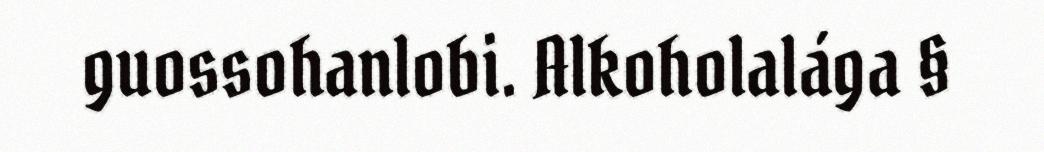
guossohanlobi. Alkoholalága §